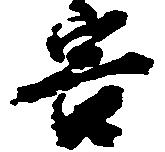
害